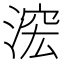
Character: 𱧟